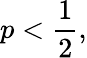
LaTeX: p<{\frac{1}{2}},